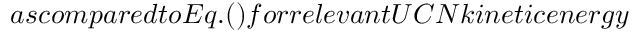
a s c o m p a r e d t o E q . ( ) f o r r e l e v a n t U C N k i n e t i c e n e r g y